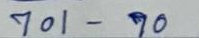
701 - 70